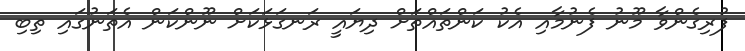
ފުރިގެންވާ މޫނު ފެނުމާއި އެކު ކަންތައްތަށް ދިޔައީ ރަނގަޅަކަށް ނޫންކަން އެތަނުގައި ތިބި